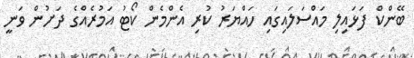
ބޭންކް ފަޅައިލި މައްސަލައިގައި ހައްޔަރު ކުރި އެންމެން ކޯޓު އަމުރެއްގެ ދަށުން ވަނީ